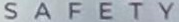
SAFETY